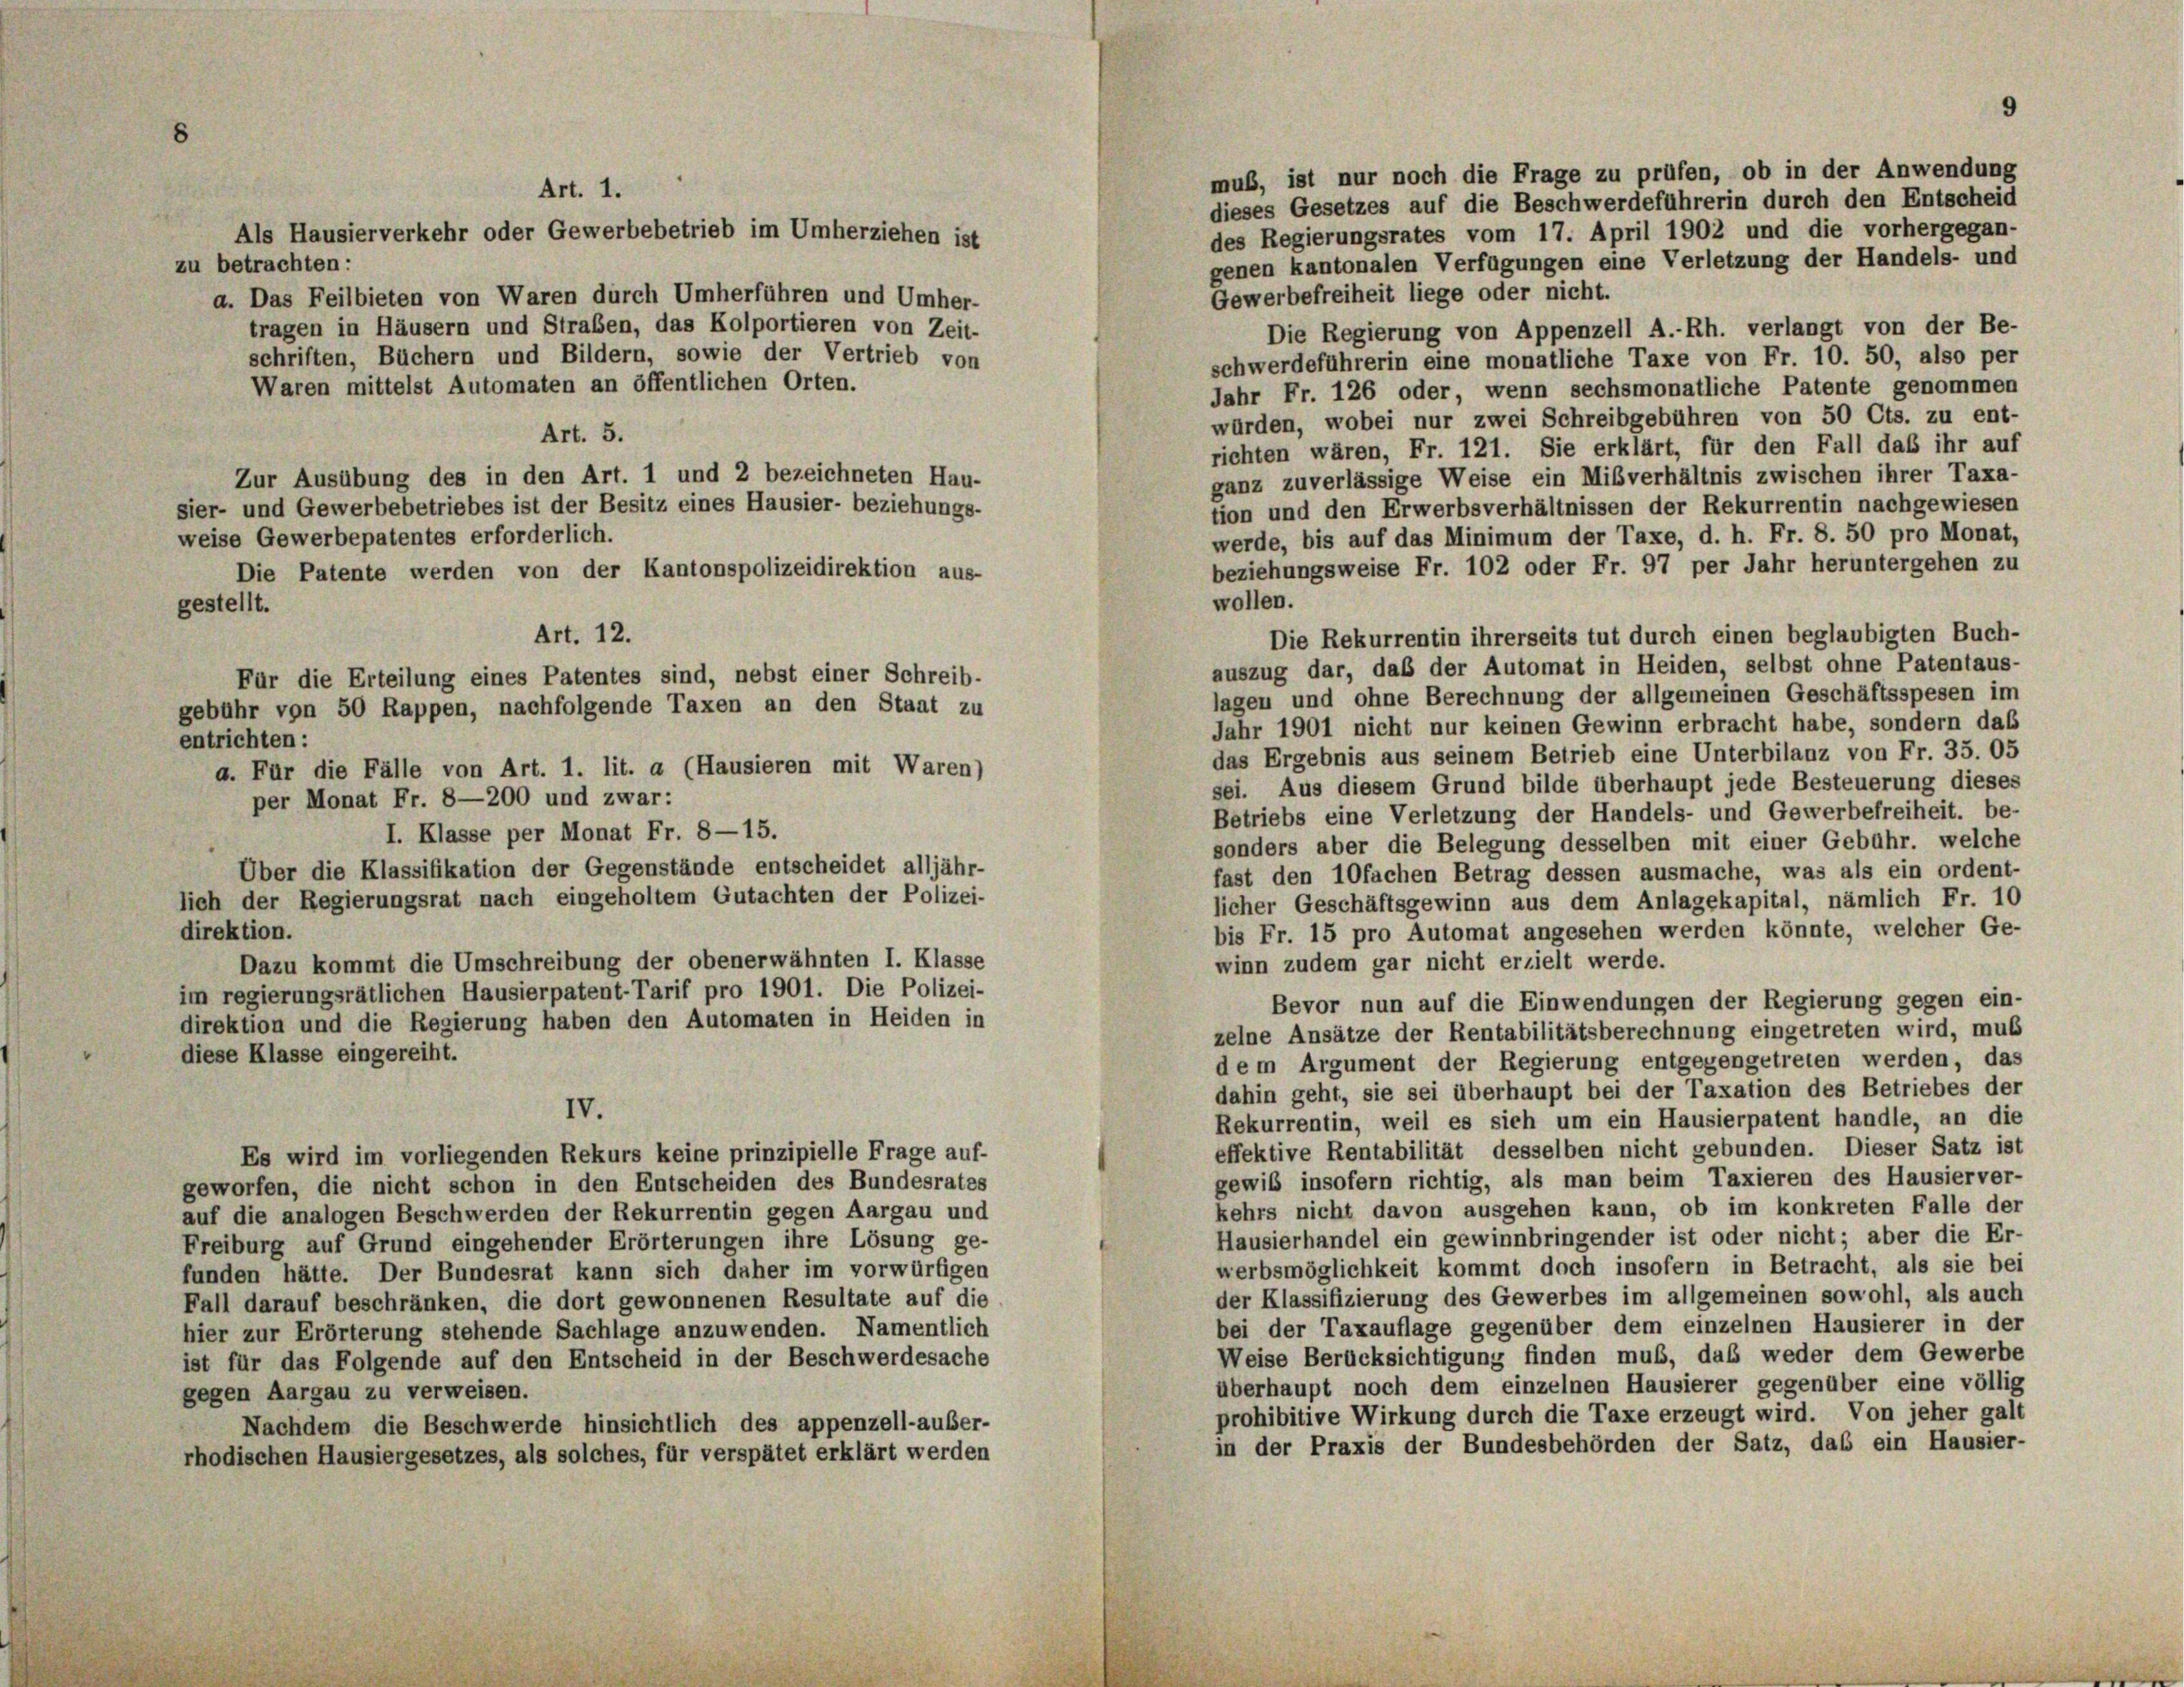
zu betrachten:

muß, ist nur noch die Frage zu prüfen, ob in der Anwendung
dieses Gesetzes auf die Beschwerdeführerin durch den Entscheid
des Regierungsrates vom 17. April 1902 und die vorhergegan-
Als Hausierverkehr oder Gewerbebetrieb im Umherziehen ist
genen kantonalen Verfügungen eine Verletzung der Handels- und
Gewerbefreiheit liege oder nicht.
a. Das Feilbieten von Waren durch Umherführen und Umher-
tragen in Häusern und Straßen, das Kolportieren von Zeit-
Die Regierung von Appenzell A.-Rh. verlangt von der Be-
schriften, Büchern und Bildern, sowie der Vertrieb von
schwerdeführerin eine monatliche Taxe von Fr. 10. 50, also per
Waren mittelst Automaten an öffentlichen Orten.
Jahr Fr. 126 oder, wenn sechsmonatliche Patente genommen
würden, wobei nur zwei Schreibgebühren von 50 Cts. zu ent-
Art. 5.
richten wären, Fr. 121. Sie erklärt, für den Fall das ihr auf
Zur Ausübung des in den Art. 1 und 2 bezeichneten Hau-
ganz zuverlässige Weise ein Mißverhältnis zwischen ihrer Taxa-
sier- und Gewerbebetriebes ist der Besitz eines Hausier- beziehungs-
tion und den Erwerbsverhältnissen der Rekurrentin nachgewiesen
werde, bis auf das Minimum der Taxe, d. h. Fr. 8. 50 pro Monat,
weise Gewerbepatentes erforderlich.
beziehungsweise Fr. 102 oder Fr. 97 per Jahr heruntergehen zu
Die Patente werden von der Kantonspolizeidirektion aus-
wollen.
gestellt.
Art. 12.
Die Rekurrentin ihrerseits tut durch einen beglaubigten Buch-
auszug dar, daß der Automat in Heiden, selbst ohne Patentaus-
Für die Erteilung eines Patentes sind, nebst einer Schreib-
lagen und ohne Berechnung der allgemeinen Geschäftsspesen im
gebühr von 50 Rappen, nachfolgende Taxen an den Staat zu
Jahr 1901 nicht nur keinen Gewinn erbracht habe, sondern das
entrichten:
das Ergebnis aus seinem Betrieb eine Unterbilanz von Fr. 35. 05
a. Für die Fälle von Art. 1. lit. a (Hausieren mit Waren)
sei. Aus diesem Grund bilde überhaupt jede Besteuerung dieses
per Monat Fr. 8—200 und zwar:
Betriebs eine Verletzung der Handels- und Gewerbefreiheit. be-
I. Klasse per Monat Fr. 8—15.
sonders aber die Belegung desselben mit einer Gebühr, welche
Über die Klassifikation der Gegenstände entscheidet alljähr-
fast den 10fachen Betrag dessen ausmache, was als ein ordent-
lich der Regierungsrat nach eingeholtem Gutachten der Polizei-
licher Geschäftsgewinn aus dem Anlagekapital, nämlich Fr. 10
direktion.
bis Fr. 15 pro Automat angesehen werden könnte, welcher Ge-
Dazu kommt die Umschreibung der obenerwähnten I. Klasse
winn zudem gar nicht erzielt werde.
im regierungsrätlichen Hausierpatent-Tarif pro 1901. Die Polizei-
Bevor nun auf die Einwendungen der Regierung gegen ein-
direktion und die Regierung haben den Automaten in Heiden in
zelne Ansätze der Rentabilitätsberechnung eingetreten wird, mus
diese Klasse eingereiht.
dem Argument der Regierung entgegengetreten werden, das
dahin geht, sie sei überhaupt bei der Taxation des Betriebes der
IV.
Rekurrentin, weil es sich um ein Hausierpatent handle, an die
effektive Rentabilität desselben nicht gebunden. Dieser Satz ist
Es wird im vorliegenden Rekurs keine prinzipielle Frage auf-
gewiß insofern richtig, als man beim Taxieren des Hausier ver-
geworfen, die nicht schon in den Entscheiden des Bundesrates
kehrs nicht davon ausgehen kann, ob im konkreten Falle der
auf die analogen Beschwerden der Rekurrentin gegen Aargau und
Hausierhandel ein gewinnbringender ist oder nicht; aber die Er-
Freiburg auf Grund eingehender Erörterungen ihre Lösung ge-
werbsmöglichkeit kommt doch insofern in Betracht, als sie bei
funden hätte. Der Bundesrat kann sich daher im vorwürfigen
der Klassifizierung des Gewerbes im allgemeinen sowohl, als auch
Fall darauf beschränken, die dort gewonnenen Resultate auf die
bei der Taxauflage gegenüber dem einzelnen Hausierer in der
hier zur Erörterung stehende Sachlage anzuwenden. Namentlich
Weise Berücksichtigung finden muß, daß weder dem Gewerbe
ist für das Folgende auf den Entscheid in der Beschwerdesache
überhaupt noch dem einzelnen Hausierer gegenüber eine völlig
gegen Aargau zu verweisen.
prohibitive Wirkung durch die Taxe erzeugt wird. Von jeher galt
Nachdem die Beschwerde hinsichtlich des appenzell-auber-
in der Praxis der Bundesbehörden der Satz, daß ein Hausier-
rhodischen Hausiergesetzes, als solches, für verspätet erklärt werden

Art. 1.

9